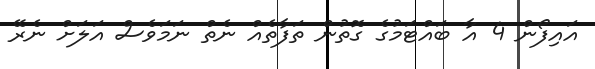
އައިފޯން 4 އާ ބައްޓަމުގެ ގޮތުން ތަފާތެއް ނެތް ނަމަވެސް އަލަށް ނެރޭ